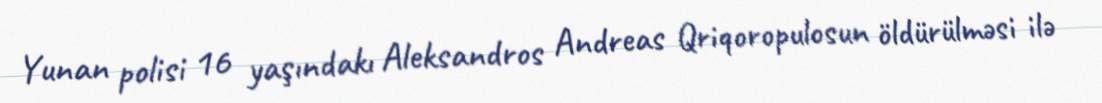
Yunan polisi 16 yaşındakı Aleksandros Andreas Qriqoropulosun öldürülməsi ilə